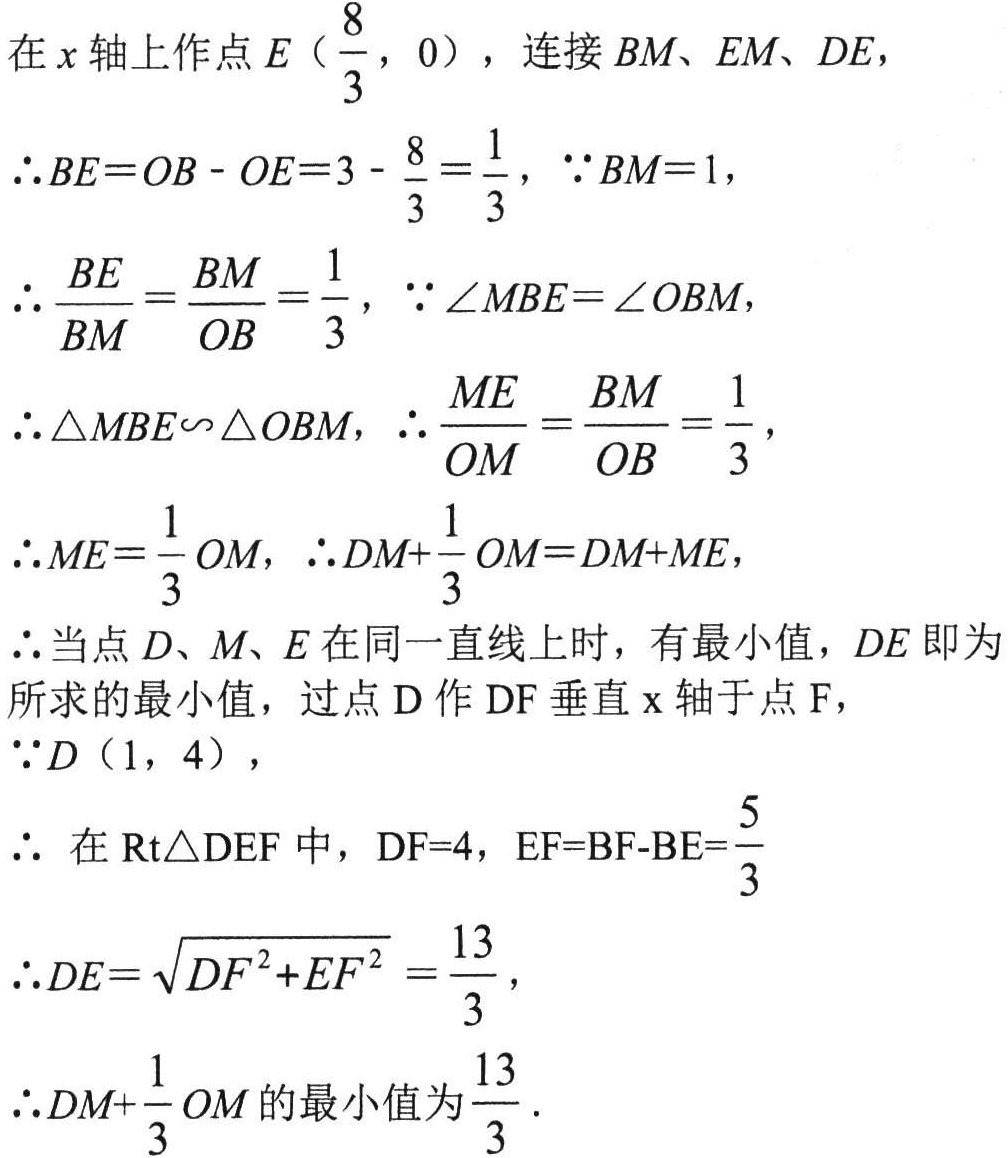
在\(x\)轴上作点\(E（\frac{8}{3}，0）\)，连接\(BM\)、\(EM\)、\(DE\)，
\(\therefore BE = OB - OE = 3 - \frac{8}{3} = \frac{1}{3}\)，\(\because BM = 1\)，
\(\therefore \frac{BE}{BM} = \frac{BM}{OB} = \frac{1}{3}\)，\(\because \angle MBE = \angle OBM\)，
\(\therefore \triangle MBE\sim\triangle OBM\)，\(\therefore \frac{ME}{OM} = \frac{BM}{OB} = \frac{1}{3}\)，
\(\therefore ME = \frac{1}{3}OM\)，\(\therefore DM + \frac{1}{3}OM = DM + ME\)，
\(\therefore\)当点\(D\)、\(M\)、\(E\)在同一直线上时，有最小值，\(DE\)即为所求的最小值，过点\(D\)作\(DF\)垂直\(x\)轴于点\(F\)，
\(\because D（1，4）\)，
\(\therefore\) 在\(Rt\triangle DEF\)中，\(DF = 4\)，\(EF = BF - BE = \frac{5}{3}\)
\(\therefore DE = \sqrt{DF^{2}+EF^{2}} = \frac{13}{3}\)，
\(\therefore DM + \frac{1}{3}OM\)的最小值为\(\frac{13}{3}\) .